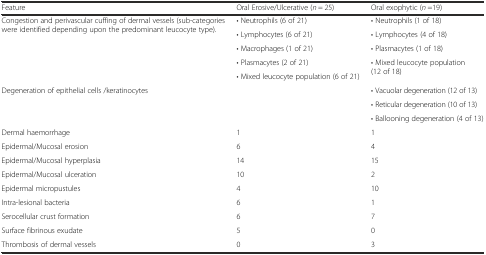
<table><thead><tr><td><b>Feature</b></td><td><b>Oral Erosive/Ulcerative (<i>n</i> = 25)</b></td><td><b>Oral exophytic (<i>n</i> =19)</b></td></tr></thead><tbody><tr><td rowspan="5">Congestion and perivascular cuffing of dermal vessels (sub-categories were identified depending upon the predominant leucocyte type).</td><td>• Neutrophils (6 of 21)</td><td>• Neutrophils (1 of 18)</td></tr><tr><td>• Lymphocytes (6 of 21)</td><td>• Lymphocytes (4 of 18)</td></tr><tr><td>• Macrophages (1 of 21)</td><td>• Plasmacytes (1 of 18)</td></tr><tr><td>• Plasmacytes (2 of 21)</td><td rowspan="2">• Mixed leucocyte population (12 of 18)</td></tr><tr><td>• Mixed leucocyte population (6 of 21)</td></tr><tr><td rowspan="3">Degeneration of epithelial cells /keratinocytes</td><td rowspan="3"></td><td>• Vacuolar degeneration (12 of 13)</td></tr><tr><td>• Reticular degeneration (10 of 13)</td></tr><tr><td>• Ballooning degeneration (4 of 13)</td></tr><tr><td>Dermal haemorrhage</td><td>1</td><td>1</td></tr><tr><td>Epidermal/Mucosal erosion</td><td>6</td><td>4</td></tr><tr><td>Epidermal/Mucosal hyperplasia</td><td>14</td><td>15</td></tr><tr><td>Epidermal/Mucosal ulceration</td><td>10</td><td>2</td></tr><tr><td>Epidermal micropustules</td><td>4</td><td>10</td></tr><tr><td>Intra-lesional bacteria</td><td>6</td><td>1</td></tr><tr><td>Serocellular crust formation</td><td>6</td><td>7</td></tr><tr><td>Surface fibrinous exudate</td><td>5</td><td>0</td></tr><tr><td>Thrombosis of dermal vessels</td><td>0</td><td>3</td></tr></tbody></table>